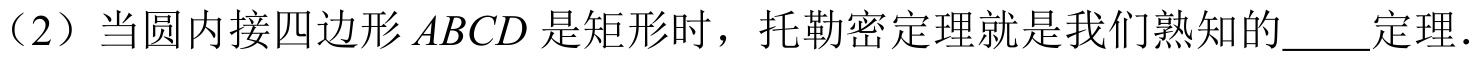
（2）当圆内接四边形\(ABCD\)是矩形时，托勒密定理就是我们熟知的\(\underline{\quad\quad}\)定理．